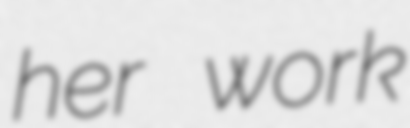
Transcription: her work